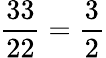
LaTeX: {\frac{33}{22}}={\frac{3}{2}}